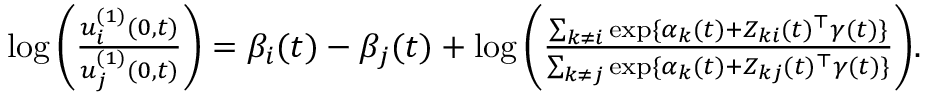
\begin{array} { r } { \log \bigg ( \frac { u _ { i } ^ { ( 1 ) } ( 0 , t ) } { u _ { j } ^ { ( 1 ) } ( 0 , t ) } \bigg ) = \beta _ { i } ( t ) - \beta _ { j } ( t ) + \log \bigg ( \frac { \sum _ { k \neq i } \exp \{ \alpha _ { k } ( t ) + Z _ { k i } ( t ) ^ { \top } \gamma ( t ) \} } { \sum _ { k \neq j } \exp \{ \alpha _ { k } ( t ) + Z _ { k j } ( t ) ^ { \top } \gamma ( t ) \} } \bigg ) . } \end{array}